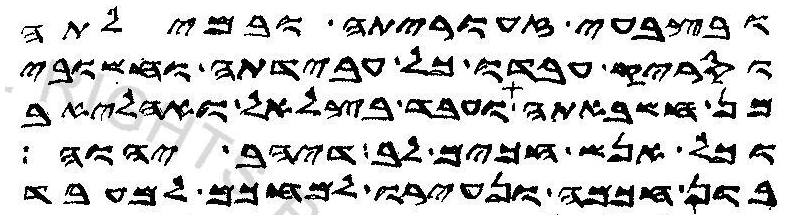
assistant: ובצבעי זעוריתה ובמילתה
וסריק עבדו כל עבידתה וחשובי
מן חשבאתה ועבד בצלאל ואהליאב
וכל אנש חכים לב דיהב יהוה
בון חכמה ונעירו למחכם למעבד